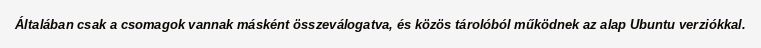
Általában csak a csomagok vannak másként összeválogatva, és közös tárolóból működnek az alap Ubuntu verziókkal.